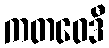
ကတဝေဒီ